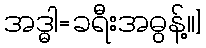
အဒ္ဓါ=ခရီးအဓွန့်၊၊]